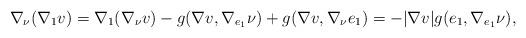
LaTeX: \begin{align*}\nabla_\nu (\nabla_1 v) = \nabla_1 (\nabla_{\nu} v) - g(\nabla v, \nabla_{e_1} \nu) + g(\nabla v, \nabla_{\nu} e_1) = - |\nabla v| g(e_1, \nabla_{e_1} \nu),\end{align*}